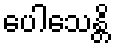
ပေါသေန္တိ